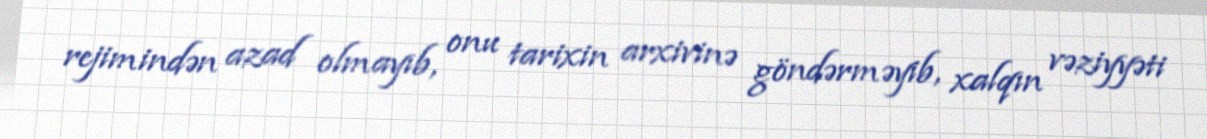
rejimindən azad olmayıb, onu tarixin arxivinə göndərməyib, xalqın vəziyyəti